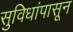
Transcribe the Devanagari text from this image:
सुविधांपासून